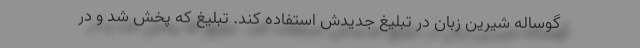
گوساله شیرین زبان در تبلیغ جدیدش استفاده کند. تبلیغ که پخش شد و در